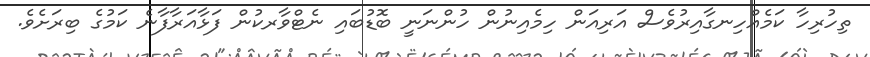
ތިހުރިހާ ކަމެއްހިނގާއިރުވެސް އަރިއަން ހިމެއިނުން ހުންނަނީ ބޮޑުބައި ނެޓްވާރކުން ފަޅާއަރާފާނެ ކަމުގެ ބިރަށެވެ.